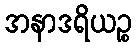
အနာဒရိယဉ္စ